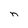
Character: n